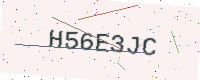
Text: H56E3JC